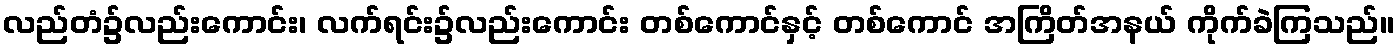
လည်တံ၌လည်းကောင်း၊ လက်ရင်း၌လည်းကောင်း တစ်ကောင်နှင့် တစ်ကောင် အကြိတ်အနယ် ကိုက်ခဲကြသည်။